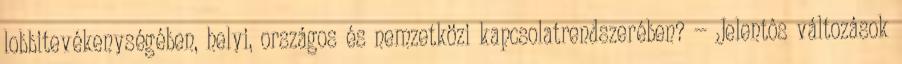
lobbitevékenységében, helyi, országos és nemzetközi kapcsolatrendszerében? — Jelentôs változások